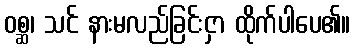
ဝစ္ဆ၊ သင် နားမလည်ခြင်းငှာ ထိုက်ပါပေ၏။